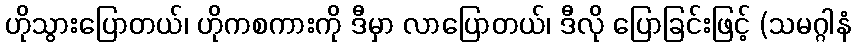
ဟိုသွားပြောတယ်၊ ဟိုကစကားကို ဒီမှာ လာပြောတယ်၊ ဒီလို ပြောခြင်းဖြင့် (သမဂ္ဂါနံ